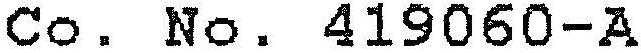
CO. NO. 419060-A